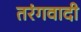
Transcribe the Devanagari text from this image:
तरंगवादी